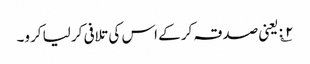
۲؎: یعنی صدقہ کر کے اس کی تلافی کر لیا کرو۔